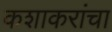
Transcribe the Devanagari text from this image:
कशाकरांचा